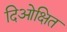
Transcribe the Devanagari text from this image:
दिओक्षित